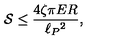
{ \cal S } \leq { \frac { 4 \zeta \pi E R } { \ell _ { P } { } ^ { 2 } } } ,